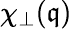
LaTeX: \chi_{\perp}(\mathfrak{q})